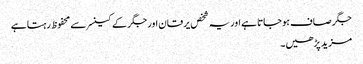
جگر صاف ہوجاتا ہے اور یہ شخص یرقان اور جگر کے کینسر سے محفوظ رہتا ہے
مزید پڑھیں۔